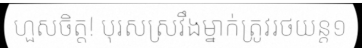
ហួសចិត្ត! បុរសស្រវឹងម្នាក់ត្រូវរថយន្ត១